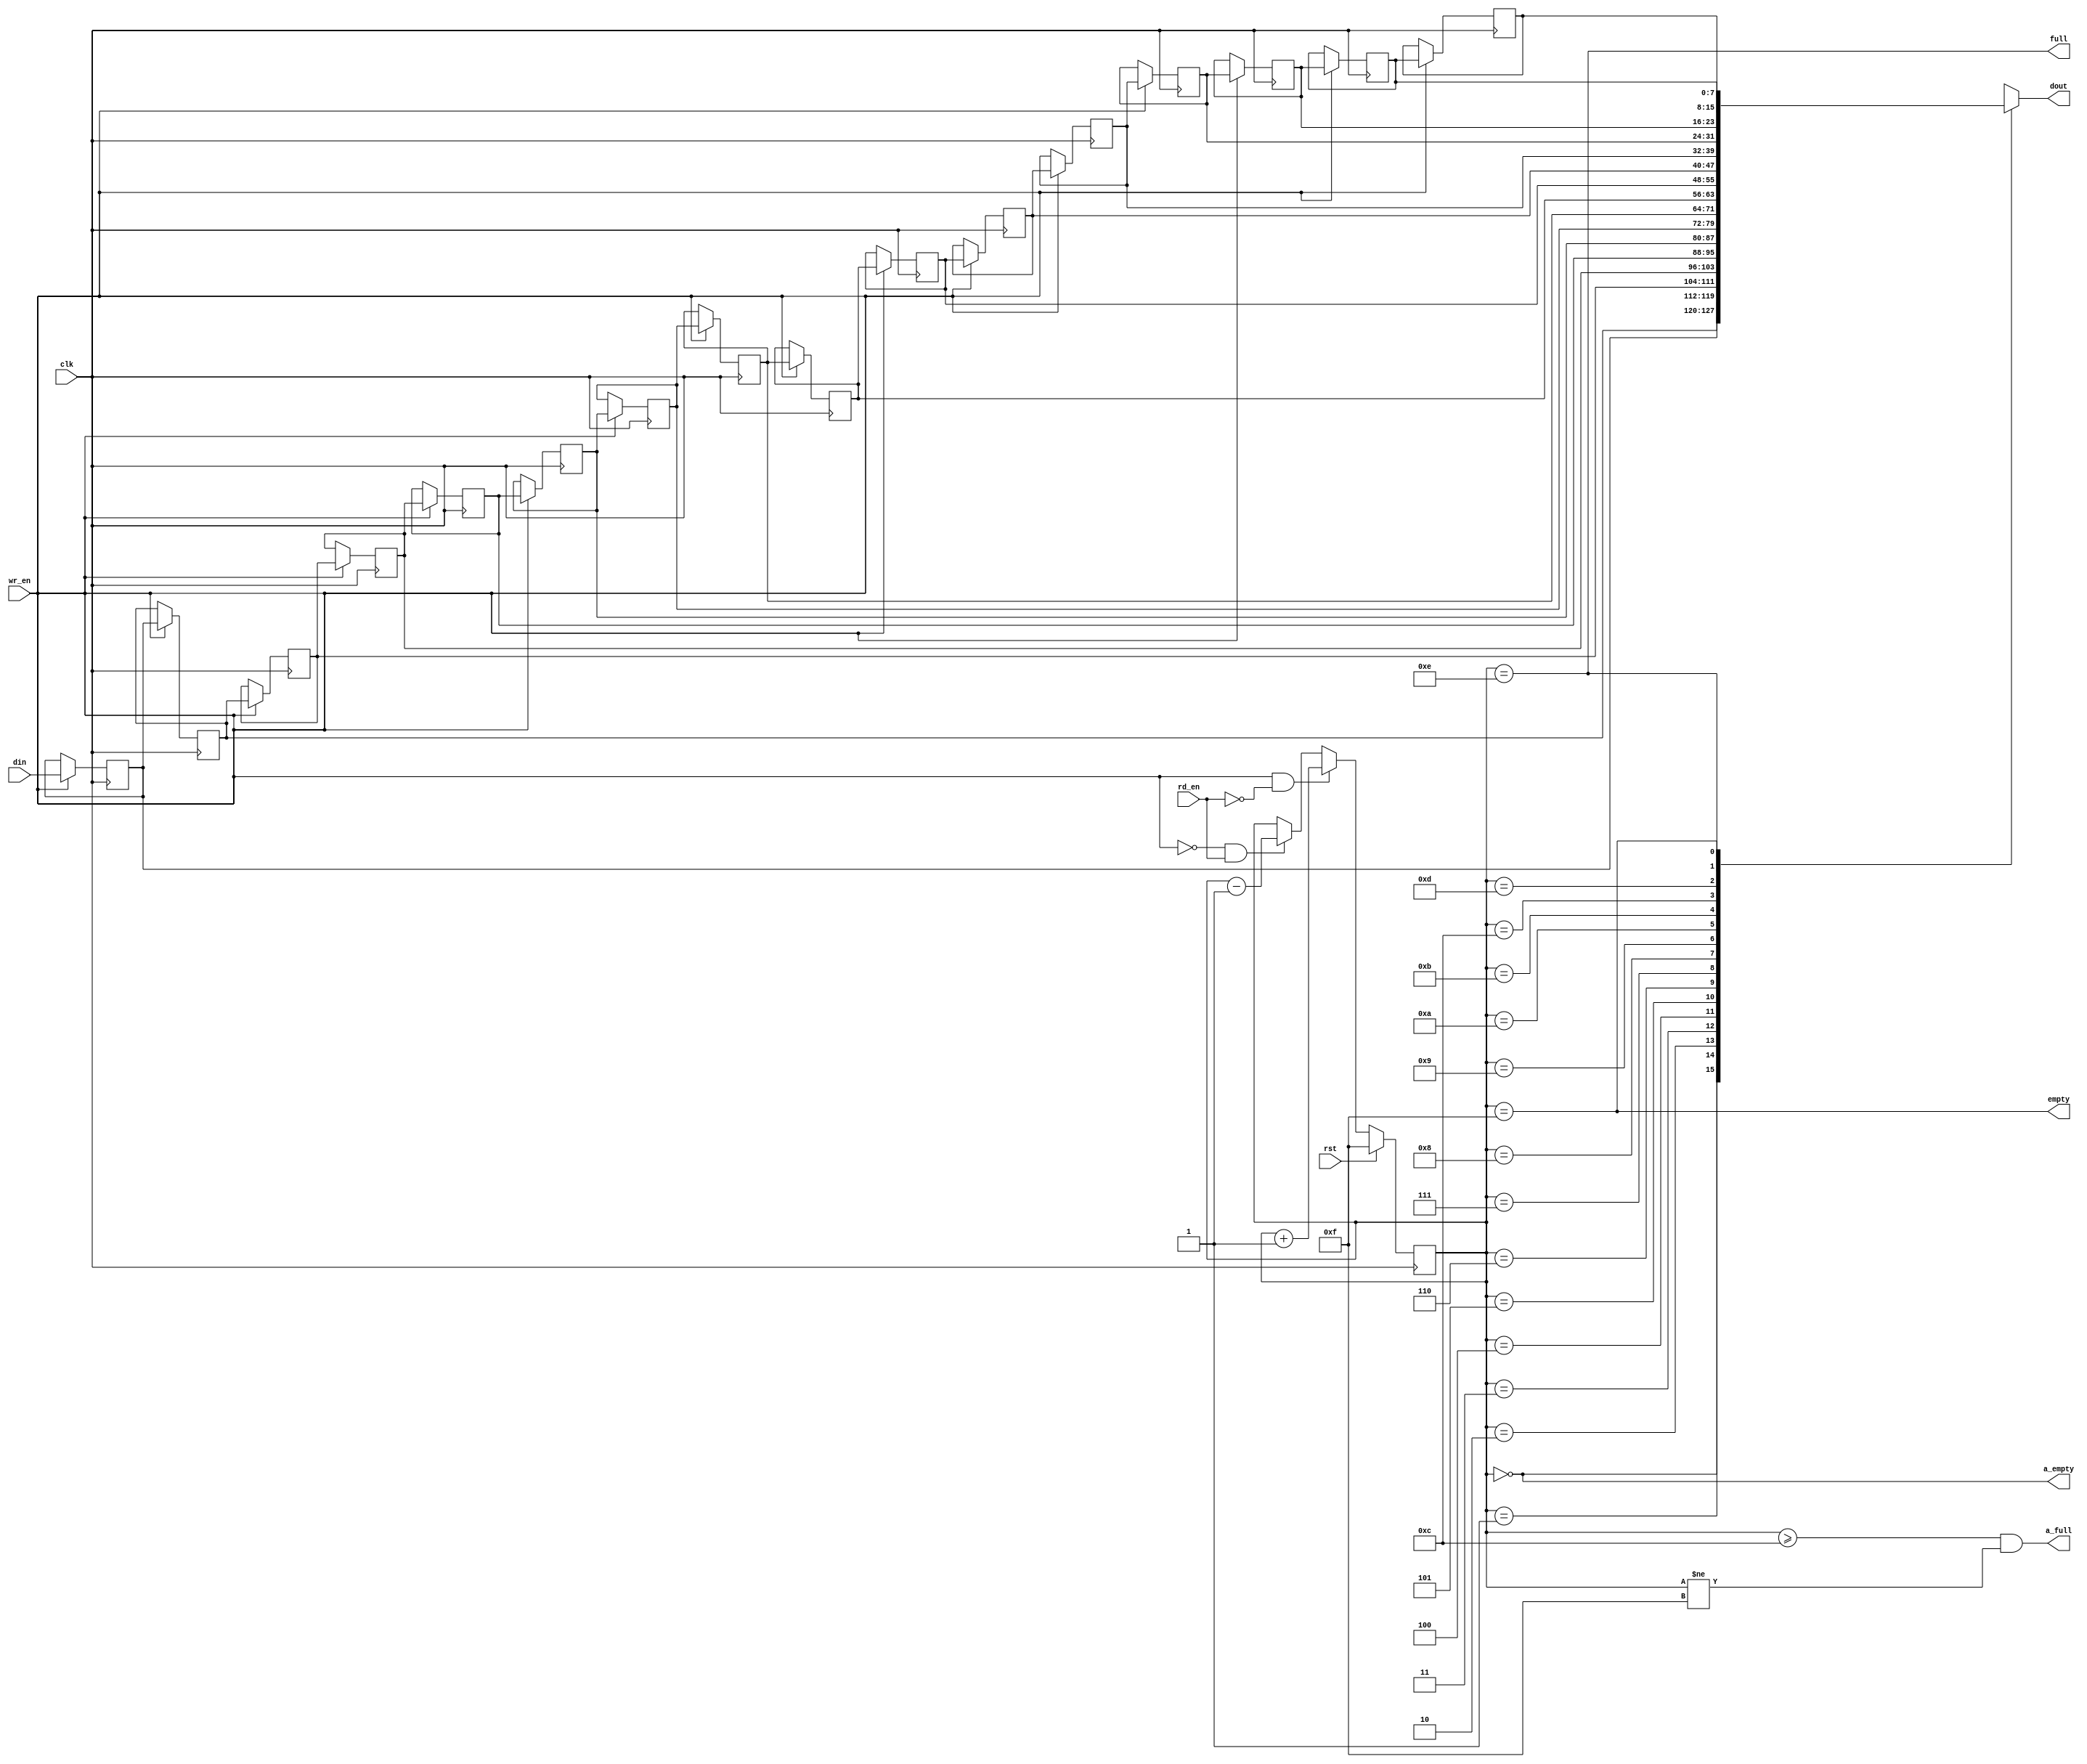
module axi_protocol_converter_v2_1_b2s_simple_fifo #
(
  parameter C_WIDTH  = 8,
  parameter C_AWIDTH = 4,
  parameter C_DEPTH  = 16
)
(
  input  wire               clk,       
  input  wire               rst,       
  input  wire               wr_en,     
  input  wire               rd_en,     
  input  wire [C_WIDTH-1:0] din,       
  output wire [C_WIDTH-1:0] dout,      
  output wire               a_full,
  output wire               full,      
  output wire               a_empty,
  output wire               empty      
);
localparam [C_AWIDTH-1:0] C_EMPTY = ~(0);
localparam [C_AWIDTH-1:0] C_EMPTY_PRE =  (0);
localparam [C_AWIDTH-1:0] C_FULL  = C_EMPTY-1;
localparam [C_AWIDTH-1:0] C_FULL_PRE  = (C_DEPTH < 8) ? C_FULL-1 : C_FULL-(C_DEPTH/8);
reg [C_WIDTH-1:0]  memory [C_DEPTH-1:0];
reg [C_AWIDTH-1:0] cnt_read;
always @(posedge clk) begin : BLKSRL
integer i;
  if (wr_en) begin
    for (i = 0; i < C_DEPTH-1; i = i + 1) begin
      memory[i+1] <= memory[i];
    end
    memory[0] <= din;
  end
end
always @(posedge clk) begin
  if (rst) cnt_read <= C_EMPTY;
  else if ( wr_en & !rd_en) cnt_read <= cnt_read + 1'b1;
  else if (!wr_en &  rd_en) cnt_read <= cnt_read - 1'b1;
end
assign full  = (cnt_read == C_FULL);
assign empty = (cnt_read == C_EMPTY);
assign a_full  = ((cnt_read >= C_FULL_PRE) && (cnt_read != C_EMPTY));
assign a_empty = (cnt_read == C_EMPTY_PRE);
assign dout  = (C_DEPTH == 1) ? memory[0] : memory[cnt_read];
endmodule